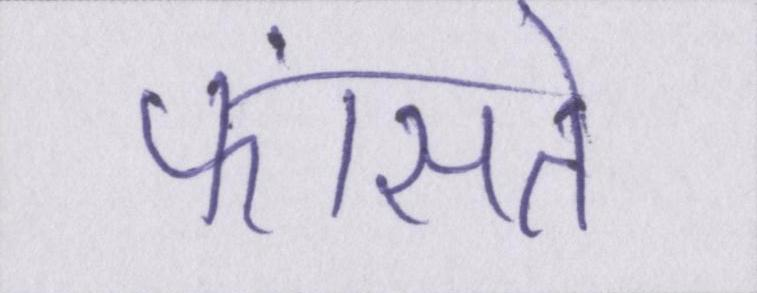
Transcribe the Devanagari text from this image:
फांसते